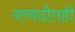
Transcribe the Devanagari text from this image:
नव्वदीतही